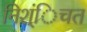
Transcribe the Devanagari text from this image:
निश्ंिचत